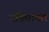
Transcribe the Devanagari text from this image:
दक्षिणांचल